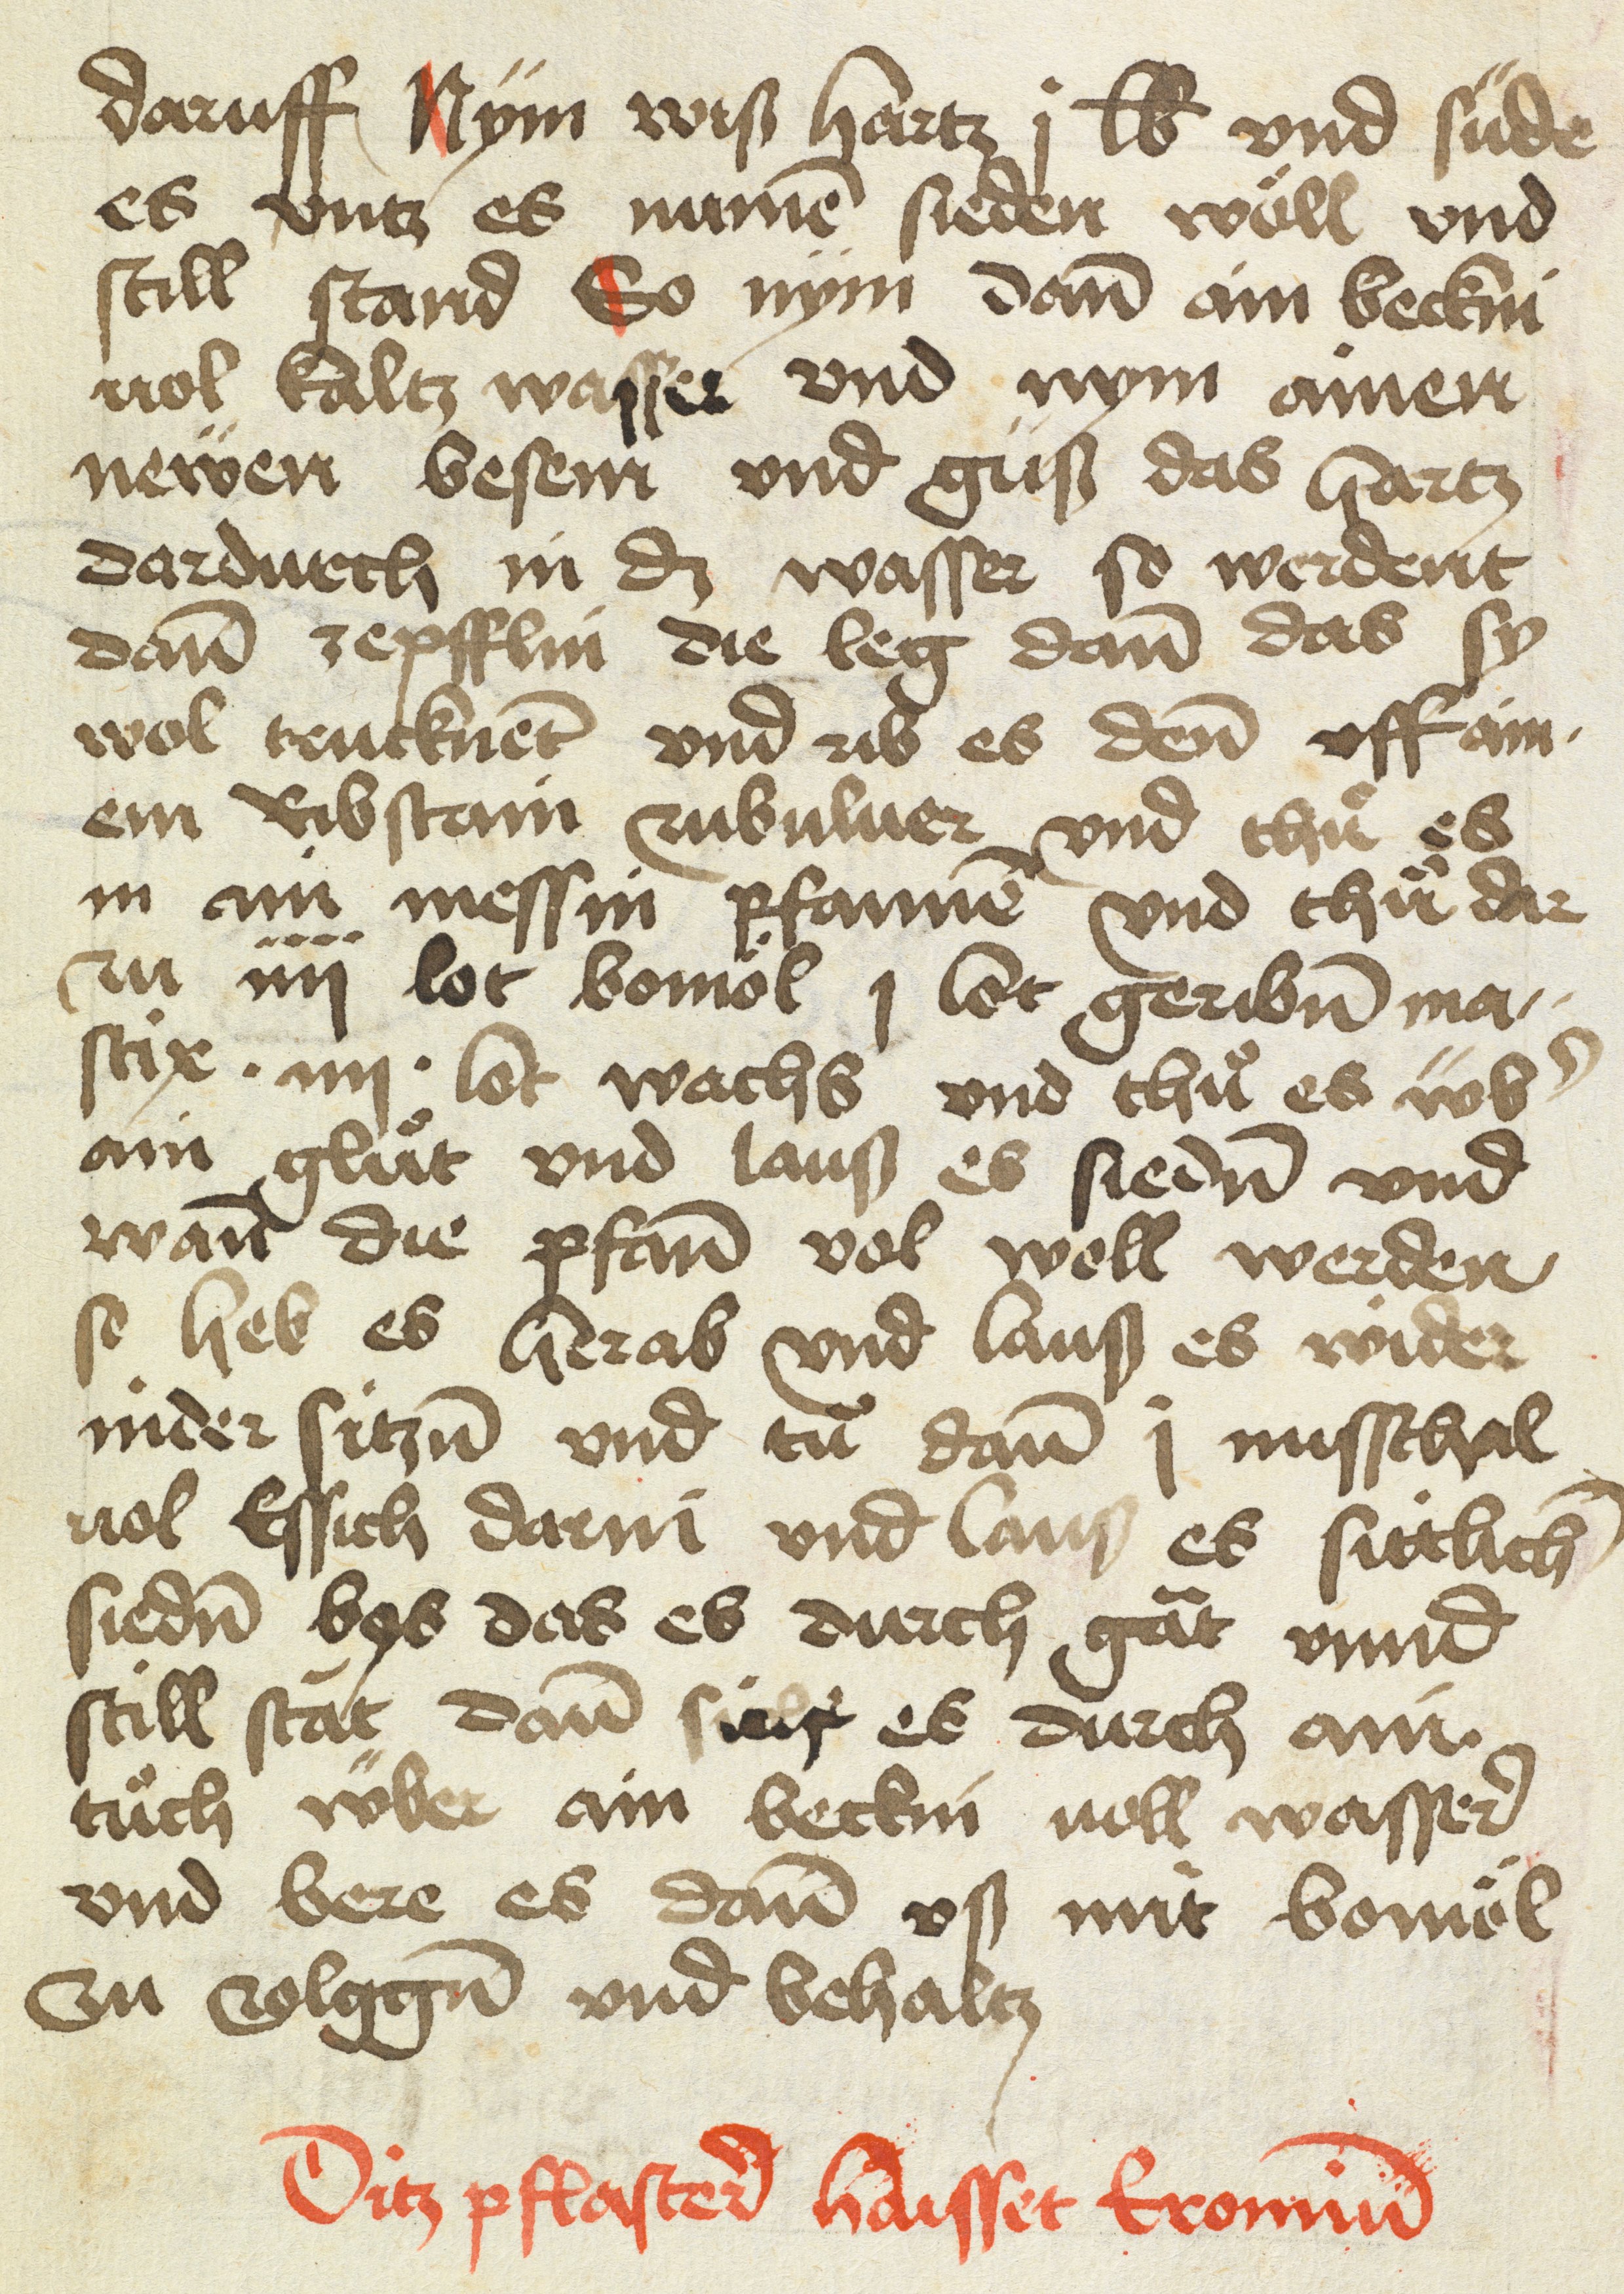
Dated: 1475–1499